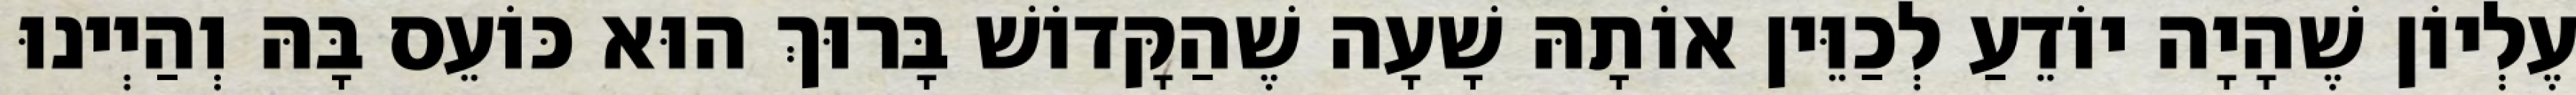
עֶלְיוֹן שֶׁהָיָה יוֹדֵעַ לְכַוֵּין אוֹתָהּ שָׁעָה שֶׁהַקָּדוֹשׁ בָּרוּךְ הוּא כּוֹעֵס בָּהּ וְהַיְינוּ